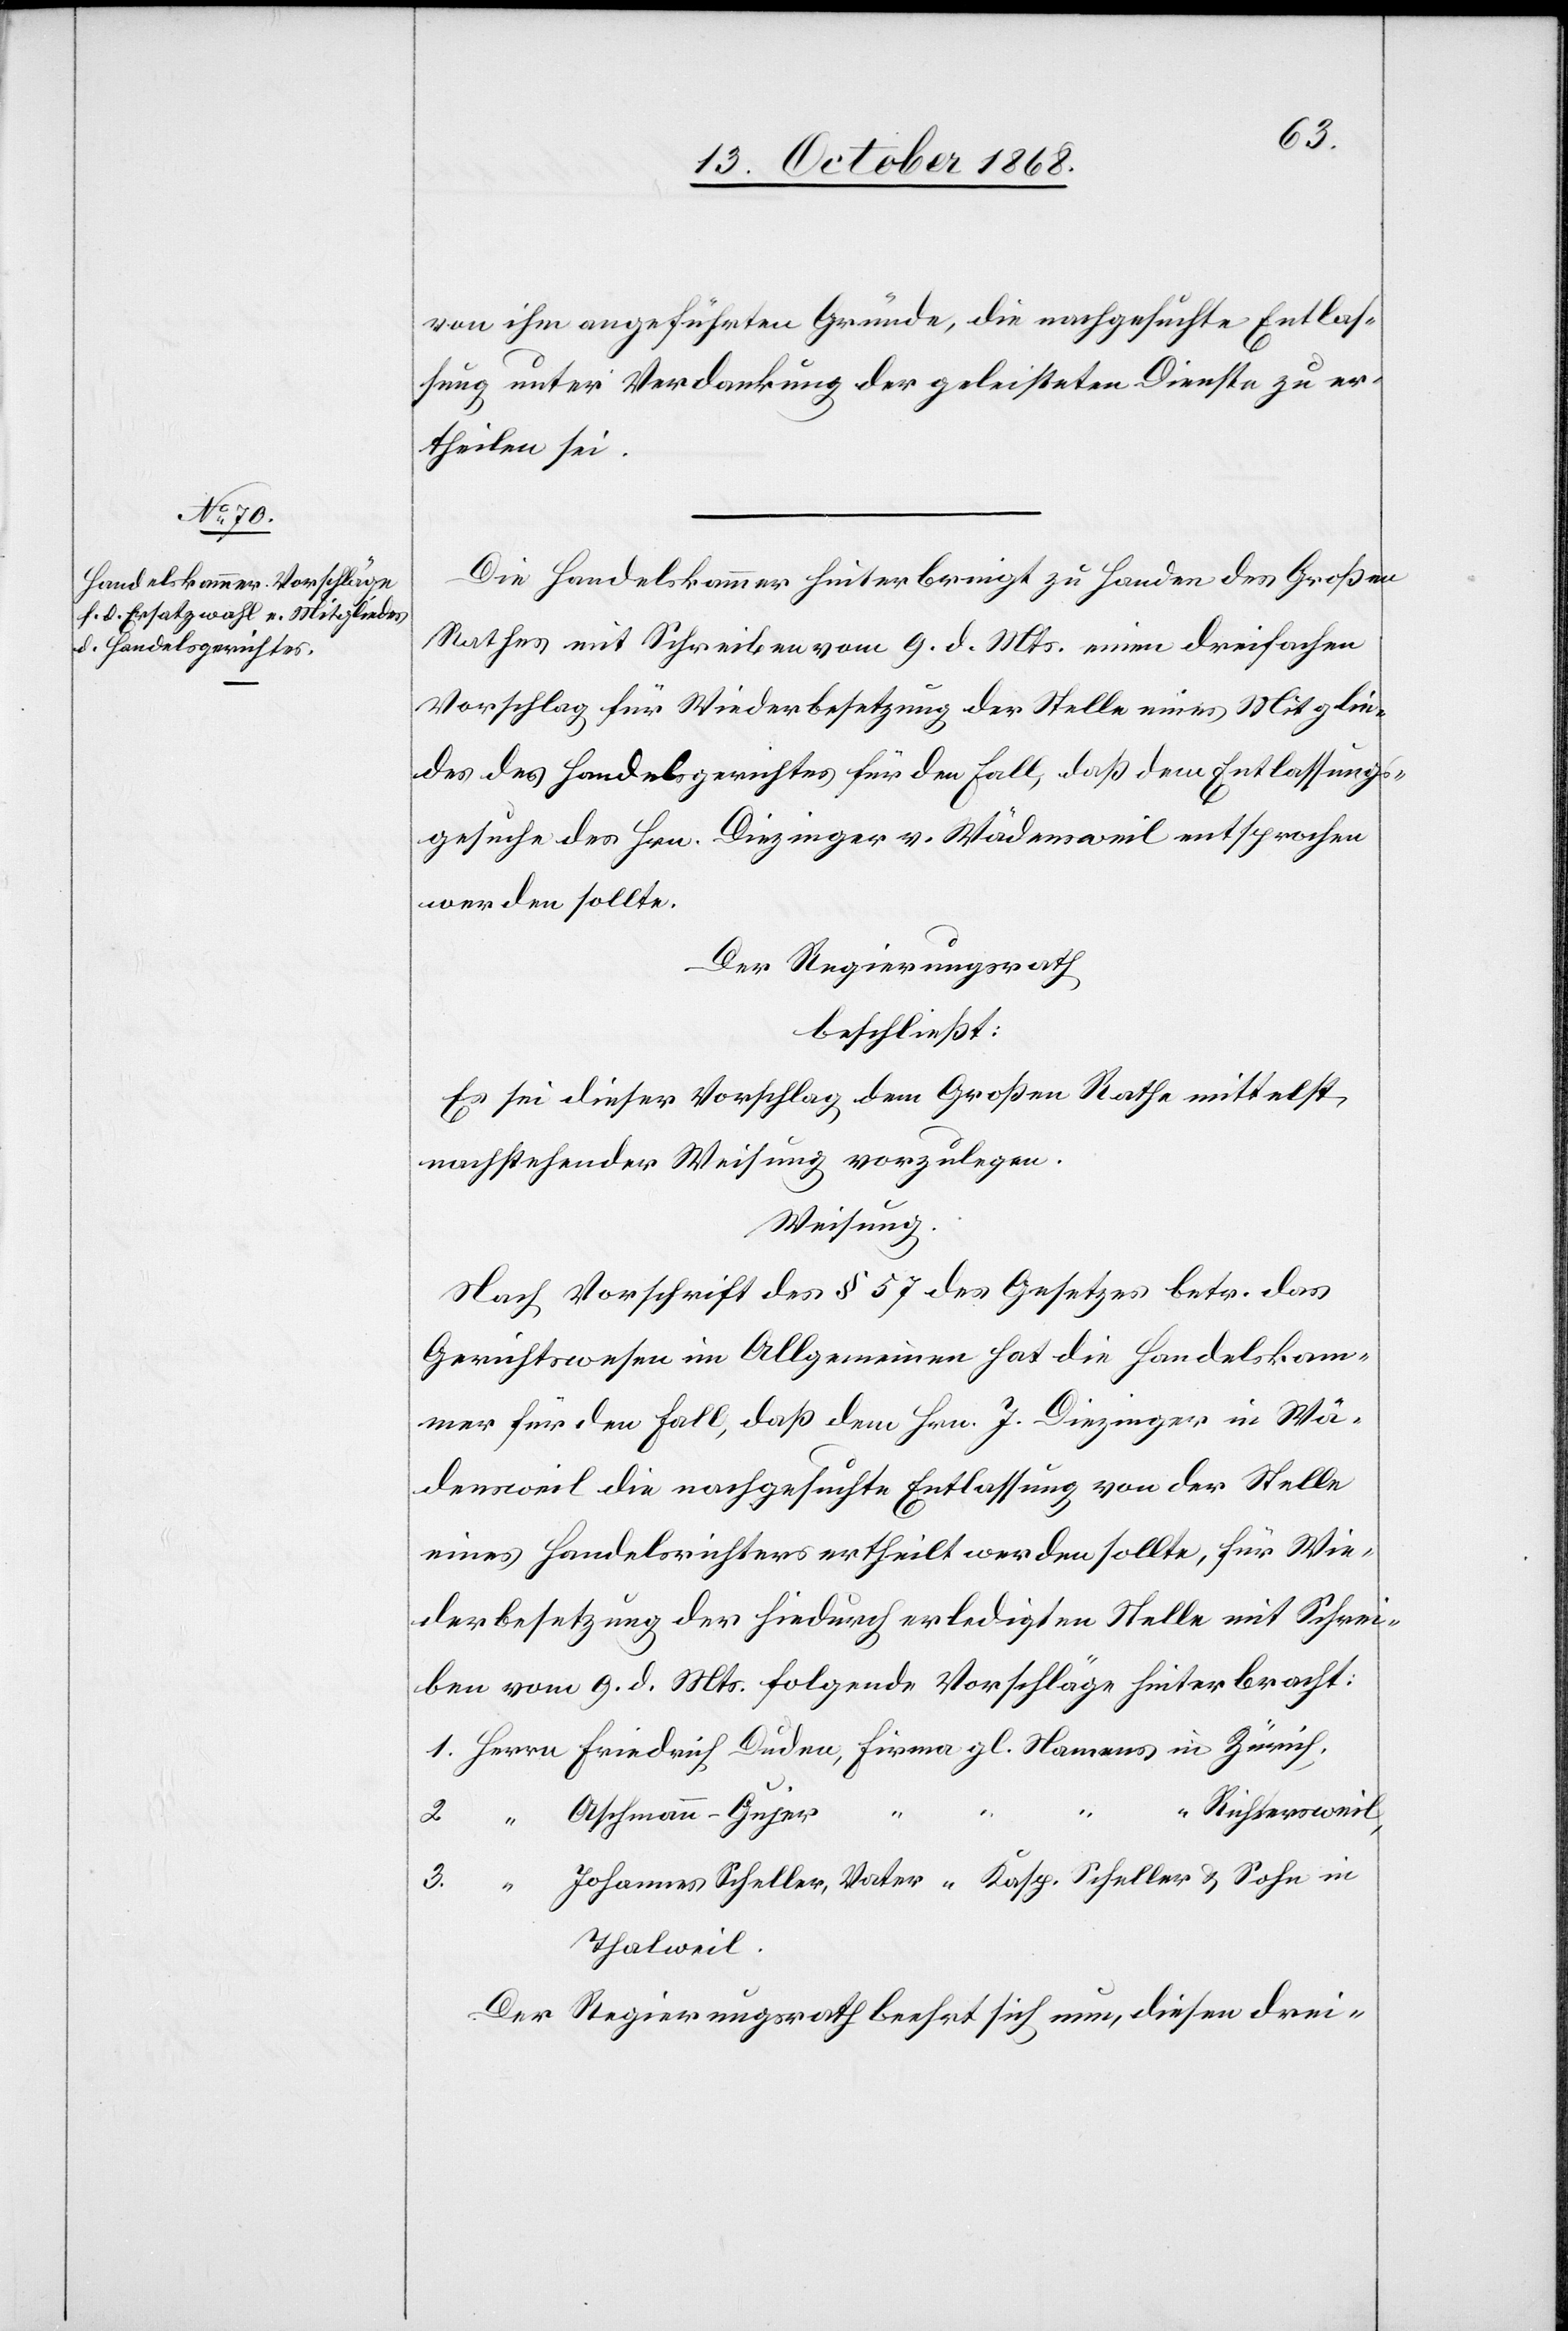
von ihm angeführten Gründe, die nachgesuchte Entlas¬
sung unter Verdankung der geleisteten Dienste zu er¬
theilen sei.
Die Handelskammer hinterbringt zu Handen des Großen
Rathes mit Schreiben vom 9. d. Mts. einen dreifachen
Vorschlag für Wiederbesetzung der Stelle eines Mitglie¬
des des Handelsgerichtes für den Fall, daß dem Entlassungs¬
gesuche des Hrn. Diezinger v. Wädensweil entsprochen
werden sollte.
Der Regierungsrath
beschließt:
Es sei dieser Vorschlag dem Großen Rathe mittelst
nachstehender Weisung vorzulegen.
Weisung.
Nach Vorschrift des § 57 des Gesetzes betr. das
Gerichtswesen im Allgemeinen hat die Handelskam¬
mer für den Fall, daß dem Hrn. J. Diezinger in Wä¬
densweil die nachgesuchte Entlassung von der Stelle
eines Handelsrichters ertheilt werden sollte, für Wie¬
derbesetzung der hiedurch erledigten Stelle mit Schrei¬
ben vom 9. d. Mts. folgende Vorschläge hinterbracht:
1. Herrn Friedrich Duden, Firma gl. Namens in Zürich.
“ Richtersweil,
2. “ Aschmann-Gujer
3. “ Johannes Scheller, Vater [Firma] Kasp. Scheller & Sohn in
Thalweil.
Der Regierungsrath beehrt sich nun, diesen drei-